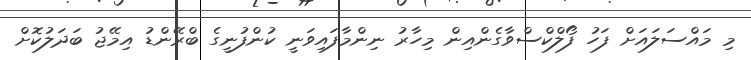
މި މައްސަލައަށް ފަހު ފޯލްކްސްވާގެންއިން މިހާރު ނިންމާފައިވަނީ ކުންފުނީގެ ބްރޭންޑު އިމޭޖު ބަދަލުކޮށް